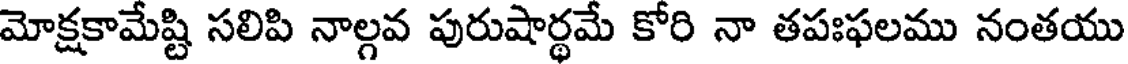
మోక్షకామేష్టి సలిపి నాల్గవ పురుషార్థమే కోరి నా తపఃఫలము నంతయు